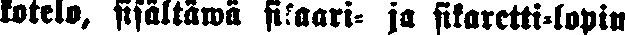
kotelo, sisältäwä sikaari- j sikaretti-lopin